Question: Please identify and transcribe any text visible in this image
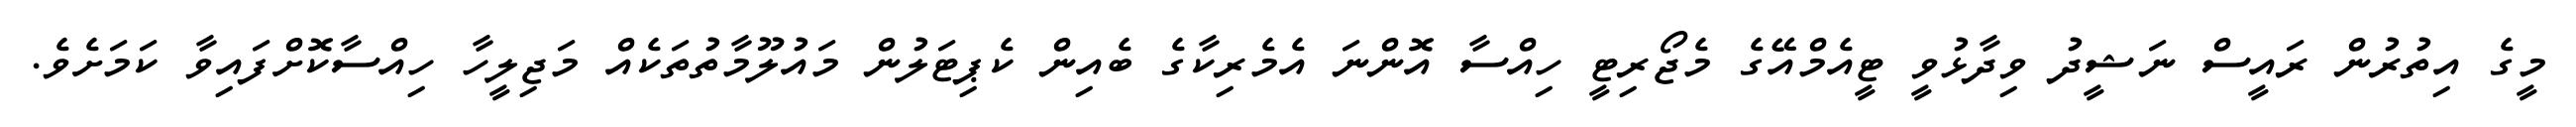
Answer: މީގެ އިތުރުން ރައީސް ނަޝީދު ވިދާޅުވީ ޓީއެމްއޭގެ މެޖޯރިޓީ ހިއްސާ އޮންނަ އެމެރިކާގެ ބެއިން ކެޕިޓަލުން މައުލޫމާތުތަކެއް މަޖިލީހާ ހިއްސާކޮށްފައިވާ ކަމަށެވެ.